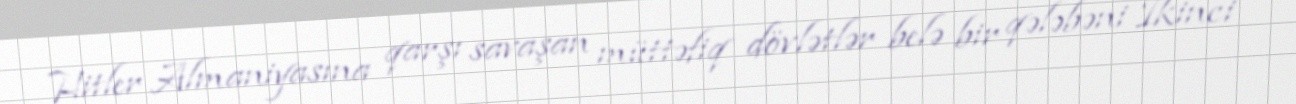
Hitler Almaniyasına qarşı savaşan müttəfiq dövlətlər belə bir qələbəni İkinci